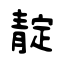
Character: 靛